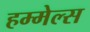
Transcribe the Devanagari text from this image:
हम्मेल्स